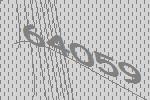
64059